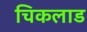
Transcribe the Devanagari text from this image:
चिकलाड